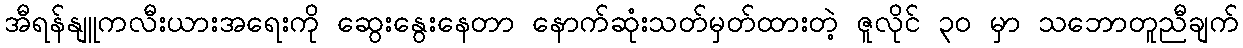
အီရန်နျူကလီးယားအရေးကို ဆွေးနွေးနေတာ နောက်ဆုံးသတ်မှတ်ထားတဲ့ ဇူလိုင် ၃၀ မှာ သဘောတူညီချက်